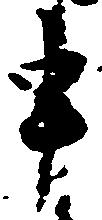
申